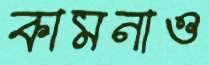
কামনাও